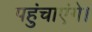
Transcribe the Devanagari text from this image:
पहुंचाएंगे।